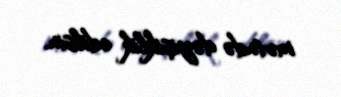
mətndə dəyişiklik edilsin.